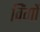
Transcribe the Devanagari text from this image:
विंगों